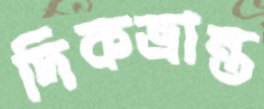
দিকভ্রান্ত